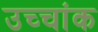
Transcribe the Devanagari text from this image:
उच्‍चांक